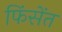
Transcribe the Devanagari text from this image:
फिंसेंत